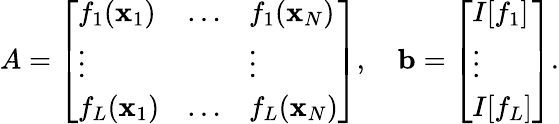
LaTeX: A=\left[\begin{array}{lll}{f_{1}(\mathbf{x}_{1})}&{\dots}&{f_{1}(\mathbf{x}_{N})}\\ {\vdots}&&{\vdots}\\ {f_{L}(\mathbf{x}_{1})}&{\dots}&{f_{L}(\mathbf{x}_{N})}\end{array}\right],\quad\mathbf{b}=\left[\begin{array}{l}{I[f_{1}]}\\ {\vdots}\\ {I[f_{L}]}\end{array}\right].